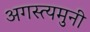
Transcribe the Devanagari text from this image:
अगस्त्यमुनी